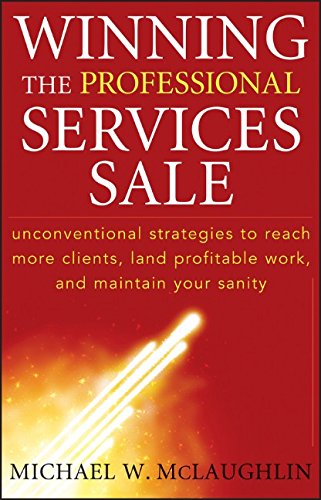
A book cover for Winning the Professional Services Sale: Unconventional Strategies to Reach More Clients, Land Profitable Work, and Maintain Your Sanity; Michael W. McLaughlin; Business & Money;